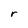
Character: r